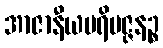
အာဇာနီယပရိမဇ္ဇနဉ္စ